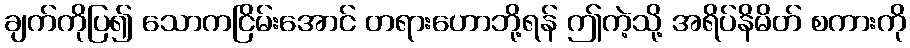
ချက်ကိုပြ၍ သောကငြိမ်းအောင် တရားဟောဘို့ရန် ဤကဲ့သို့ အရိပ်နိမိတ် စကားကို